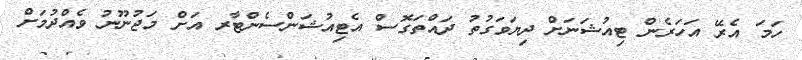
ހަމަ އެރޭ އަހަރެން ޓިއުޝަނަށް ދިޔަވަގުތު ދައްތަގޮސް އެޓިއުޝަންސެންޓާރ އަށް މަޖުނޫނު ވެއްދުމަށް